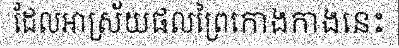
ដែលអាស្រ័យផលព្រៃកោងកាងនេះ